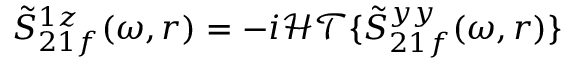
\tilde { S } _ { 2 1 f } ^ { 1 z } ( \omega , r ) = - i \mathcal { H T } \{ \tilde { S } _ { 2 1 f } ^ { y y } ( \omega , r ) \}